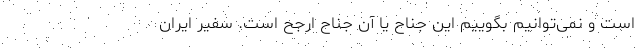
است و نمی‌توانیم بگوییم این جناح یا آن جناح ارجح‌ است. سفیر ایران